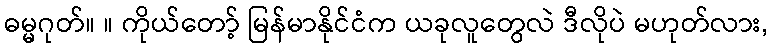
ဓမ္မဂုတ်။ ။ ကိုယ်တော့် မြန်မာနိုင်ငံက ယခုလူတွေလဲ ဒီလိုပဲ မဟုတ်လား,